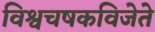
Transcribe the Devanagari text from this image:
विश्वचषकविजेते